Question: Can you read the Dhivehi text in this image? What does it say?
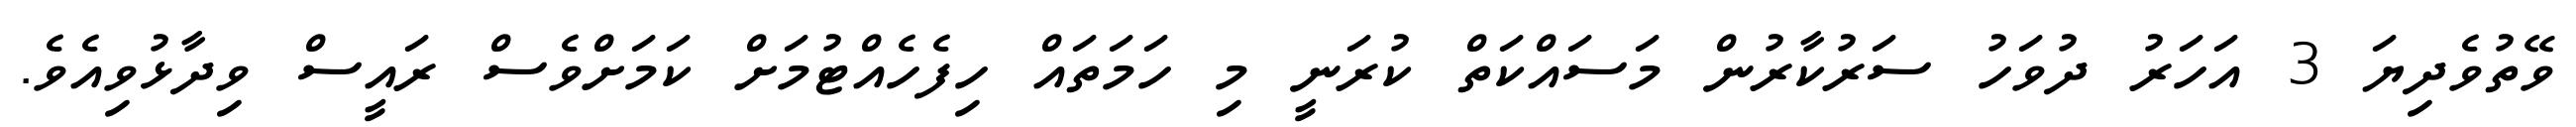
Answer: ވޭތުވެދިޔަ 3 އަހަރު ދުވަހު ސަރުކާރުން މަސައްކަތް ކުރަނީ މި ހަމަތައް ހިފެހެއްޓުމަށް ކަމަށްވެސް ރައީސް ވިދާޅުވިއެވެ.